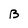
Character: B